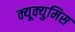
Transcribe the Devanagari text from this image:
क्यूक्युमिस